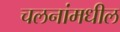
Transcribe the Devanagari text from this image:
चलनांमधील